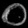
Digit: ၀